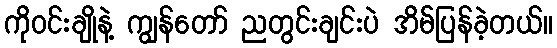
ကိုဝင်းချိုနဲ့ ကျွန်တော် ညတွင်းချင်းပဲ အိမ်ပြန်ခဲ့တယ်။